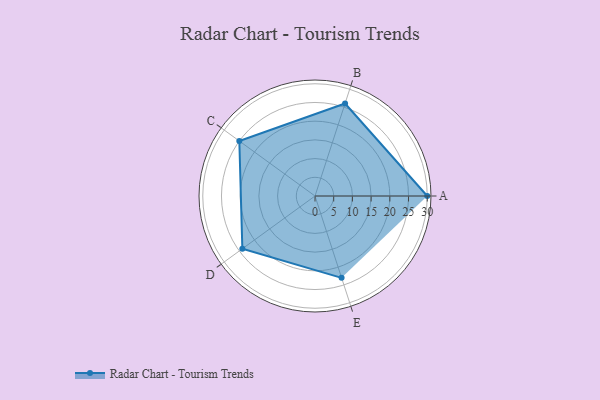
{"axis": {"x": "Skill", "y": "Score"}, "legend": ["Profile"], "data": [{"x": "A", "y": 30.0, "type": "Profile"}, {"x": "B", "y": 26.0, "type": "Profile"}, {"x": "C", "y": 25.0, "type": "Profile"}, {"x": "D", "y": 24.0, "type": "Profile"}, {"x": "E", "y": 23.0, "type": "Profile"}]}